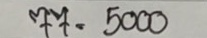
77 = 5000